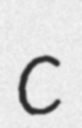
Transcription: c